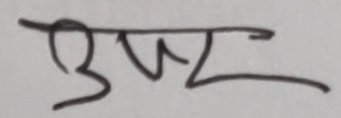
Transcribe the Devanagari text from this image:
उपर